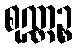
စုဏ္ဏဉ္စ